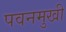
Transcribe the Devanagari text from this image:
पवनमुखी